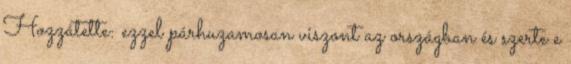
Hozzátette: ezzel párhuzamosan viszont az országban és szerte e